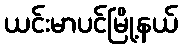
ယင်းမာပင်မြို့နယ်